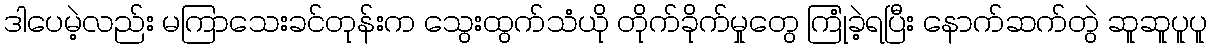
ဒါပေမဲ့လည်း မကြာသေးခင်တုန်းက သွေးထွက်သံယို တိုက်ခိုက်မှုတွေ ကြုံခဲ့ရပြီး နောက်ဆက်တွဲ ဆူဆူပူပူ